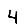
Digit: 4